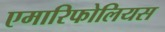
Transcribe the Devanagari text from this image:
एमारिफोलियस